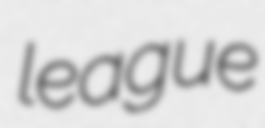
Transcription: league